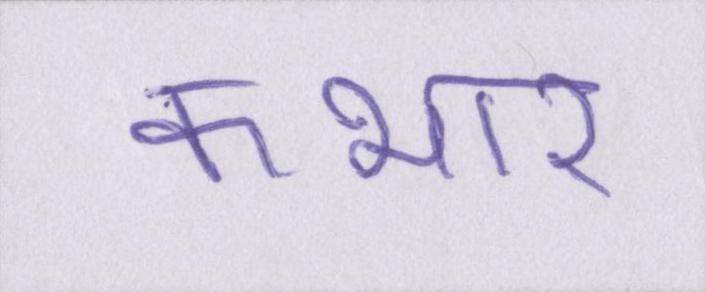
कभार